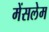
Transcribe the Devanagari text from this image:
मेंसलेम